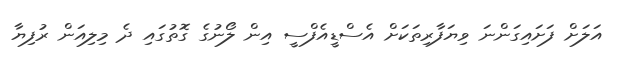
އަލަށް ފަށައިގަންނަ ވިޔަފާރިތަކަށް އެސްޑީއެފްސީ އިން ލޯނުގެ ގޮތުގައި ދެ މިލިއަން ރުފިޔާ